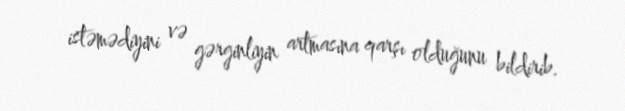
istəmədiyini və gərginliyin artmasına qarşı olduğunu bildirib.